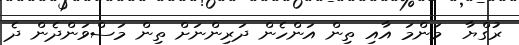
ރުގްޔާ  މަންމަ އާއި ތިން އަންހެން ދަރިންނަށް ތިން މަސްވަންދެން ދެ